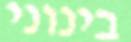
בינוני